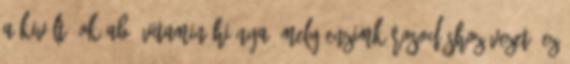
A kiváltó ok aB1-vitamin hiánya, mely enzimkárosodáshoz vezet. Ez